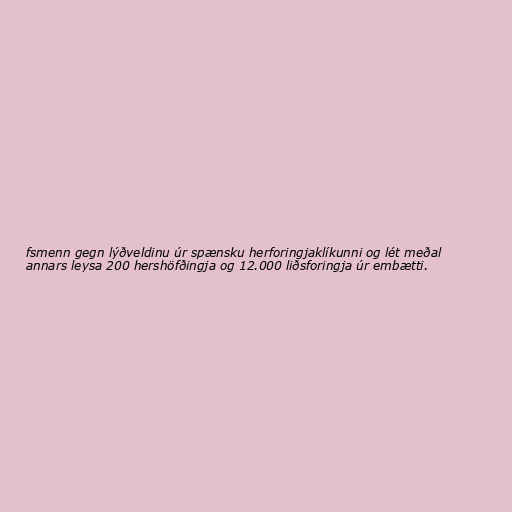
fsmenn gegn lýðveldinu úr spænsku herforingjaklíkunni og lét meðal
annars leysa 200 hershöfðingja og 12.000 liðsforingja úr embætti.